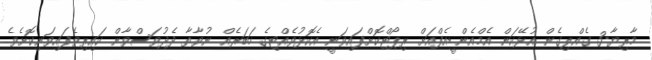
މާރިޔާ-3 ގެއްލިގެން އުޅޭކަން އެމްއެންޑީއެފްއަށް ރިޕޯޓްކޮށްފައިވަނީ އެކޮޅުވެއްޓިގެ ހަބަރެއް ނުވާތާ ދެދުވަސްވާން ކައިރިވެފައިވަނިކޮށެވެ.